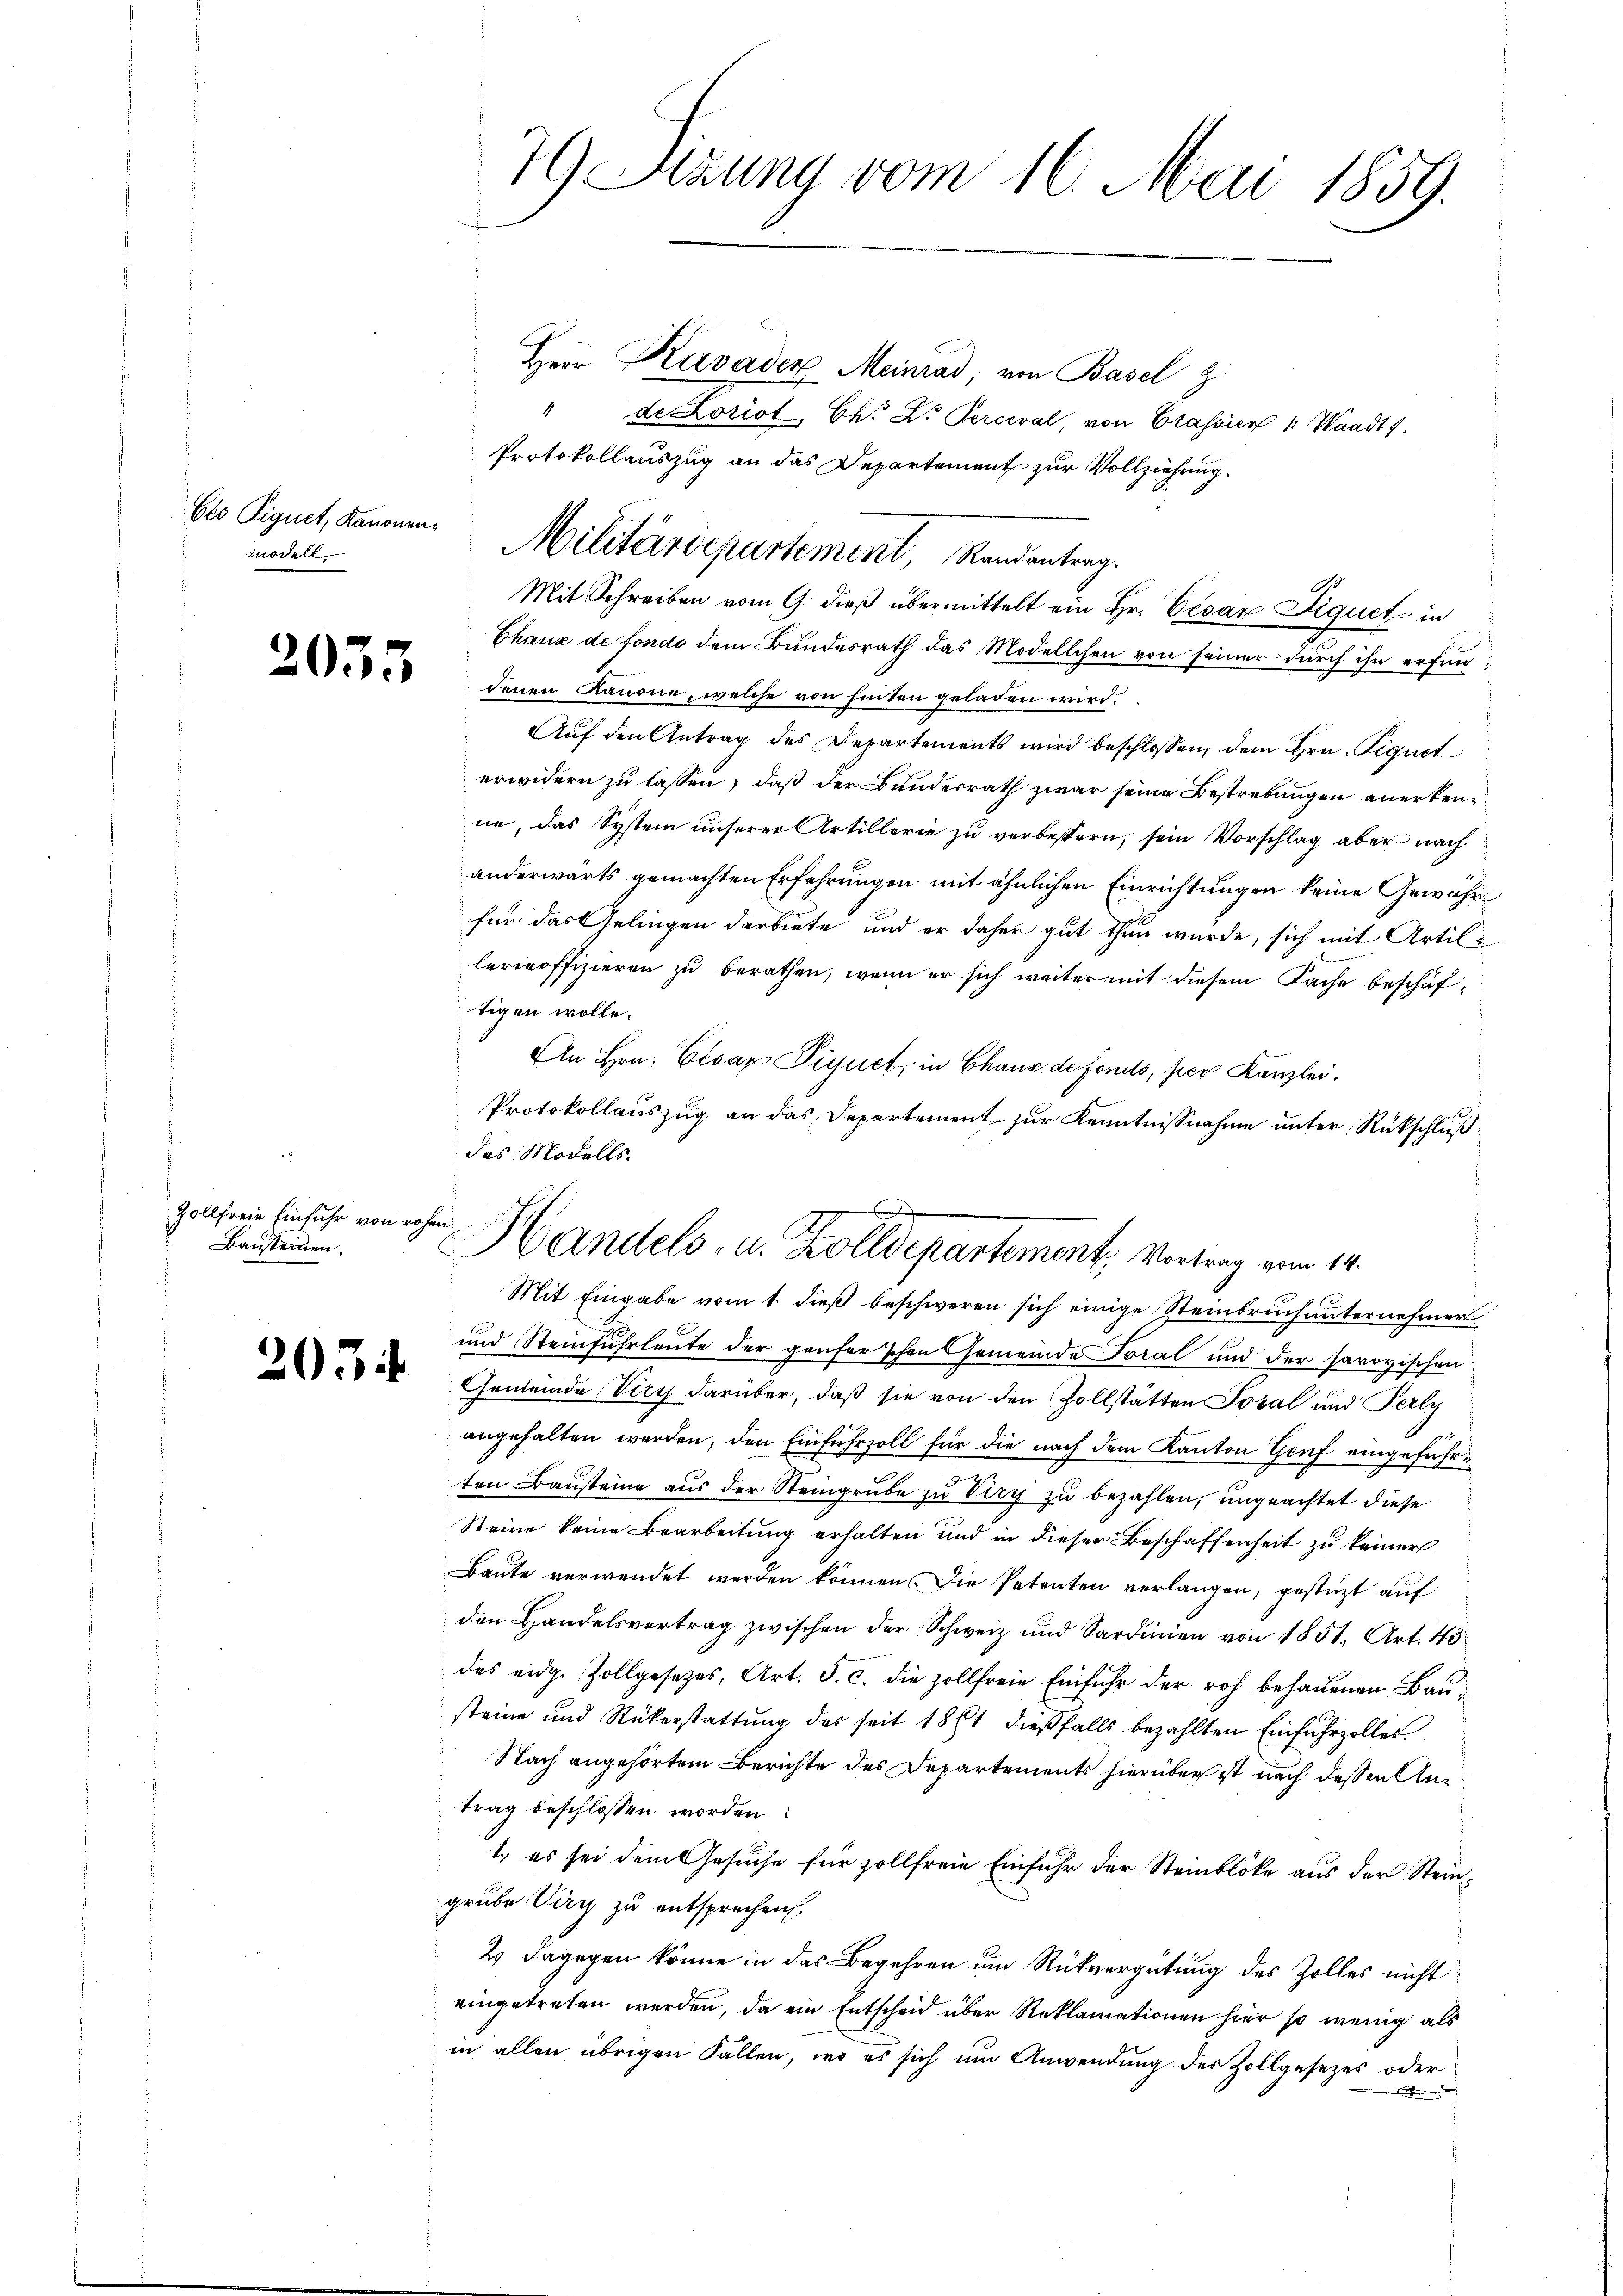
modell

2035

Zollfreie Einfuhr von rohen
Bausteinen.

203

Herr Kirvader Meinrad, von Basel z
4
de horist, Chr. Dr Perceval, von Grassier 1. Waadts.
Protokollauszug an das Departement zur Vollziehung.
Mit Schreiben vom 9. dieß übermittelt ein Hr. Cesar Liquet in
Chaux de fondo dem Bundesrath das Modellchen von seiner durch ihn erfun
denen Kanone, welche von hinten geladen wird.
Auf den Antrag des Departements wird beschlossen, dem Hrn. Signet
erwidern zu lassen, daß der Bunderrath zwar seine Bestrebungen anerkenn
ne, das System unserer Artillerie zu verbessern, sein Vorschlag aber nach
anderwärts gemachten Erfahrungen mit ähnlichen Einrichtungen keine Gewährfür das Gelingen darbiete, und er daher gut thun wurde, sich mit Artillerinoffizieren zu berathen, wenn er sich weiter mit diesem Sache beschäftigen wolle.
An Hrn. Cesar Piquet, in Chaus de Fonds, per Kanzlei.
Protokollauszug an das Departement zur Kenntnißnahme unter Rückschluß
das Modells
Mit Eingabe vom 1. dieß beschweren sich einige Steinbruch unternehmer
und Steinfuhrleute der Genfer’schen Gemeinde Toral und der savoyischen
Gemeinde Viry darüber, daß sie von den Zollstätten Toral und Perly
angehalten werden, den Einfuhrzoll für die nach dem Kanton Genf eingeführten Bausteine aus der Steingrube zu Viry zu bezahlen, ungeachtet diese
Steine keine Bearbeitung erhalten und in dieser Beschaffenheit zu keiner
Baute verwendet werden können. Die Petenten verlangen, gestützt auf
den Handelsvertrag zwischen der Schweiz und Sardinien von 1851. Art. 43
des eidge Zollgesetzes, Art. 3. c. die zollfreie Einfuhr der roh behauenen Bausteine und Rükerstattung des seit 1861 dießfalls bezahlten Einfuhrzolles
Nach angehörtem Berichte des Departements hierüber ist nach dessen Antrag beschlossen worden:
1. es sei dem Gesuche für sollfreie Einfuhr der Steinblöcke aus der Steingrube Viry zu entsprechen.
2 dagegen könne in das Begehren um Rückvergütung des Zolles nicht
eingetreten werden, da ein Entscheid über Reklamationen hier so wenig als
in allen übrigen Fallen, wo es sich um Anwendung des Zollgesezes oder

7 Sitzung vom 16. Mai 1859.

bis Signet, kanonen Militärdepartement Randantrag.

Handels, u. Zolldepartement Vortrag vom 14.